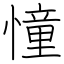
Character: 憧